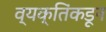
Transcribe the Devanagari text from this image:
व्यक्तिंकडून